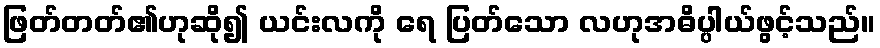
ဖြတ်တတ်၏ဟုဆို၍ ယင်းလကို ရေ ပြတ်သော လဟုအဓိပ္ပါယ်ဖွင့်သည်။